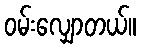
ဝမ်းလျှောတယ်။